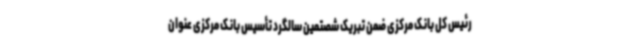
رئیس کل بانک مرکزی ضمن تبریک شصتمین سالگرد تأسیس بانک مرکزی عنوان